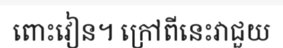
ពោះវៀន។ ក្រៅពីនេះវាជួយ